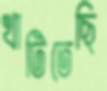
খাটিতেছি